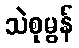
သဲစုမွန်